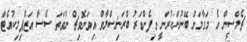
ޗެލްސީން އެ މަގާމަށް ބޭނުންކުރަނީ ޑިފެންޑަރު ބްރަނިސްލާވް އިވަނޮވިޗް ނުވަތަ ސެސާ އަޒްޕިލިކުއެޓާ